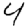
Digit: 4